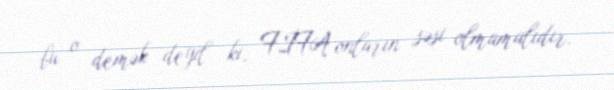
bu o demək deyil ki, FİFA onların səsi olmamalıdır.